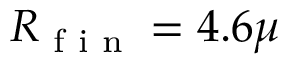
R \textsubscript { f i n } = 4 . 6 \mu